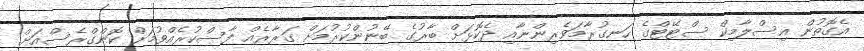
އެގޮތުން އިސްލާމިކް ސްޓޭޓްގެ ހަނގުރާމަވެރިންނާއި ދެކޮޅަށް ބާރުގެ ބޭނުންކުރުމަށް ގަރާރެއް ފާސްކުރެއްވުމަށް ކޮންގްރެސްއަށް